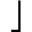
\rfloor